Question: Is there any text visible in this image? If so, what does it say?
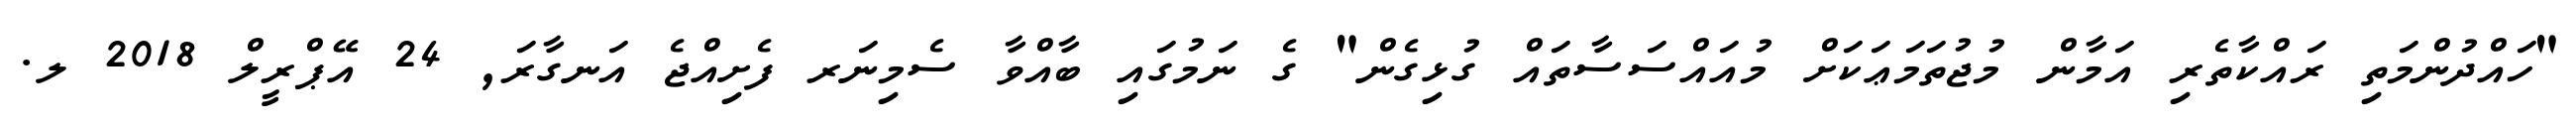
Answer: "ހައްދުންމަތި ރައްކާތެރި އަމާން މުޖުތަމަޢަކަށް މުއައްސަސާތައް ގުޅިގެން" ގެ ނަމުގައި ބާއްވާ ސެމިނަރ ފެށިއްޖެ އަނގާރަ, 24 އޭޕްރީލް 2018 ލ.